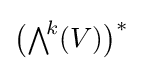
{\bigl (}{\textstyle \bigwedge }^{\!k}(V){\bigr )}^{*}